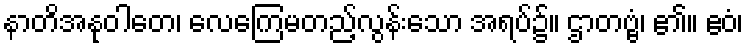
နာတိအနုဝါတေ၊ လေကြေမတည့်လွန်းသော အရပ်၌။ ဌာတဗ္ဗံ၊ ၏။ ဧဝံ၊